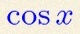
\cos x